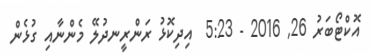
އޮކްޓޯބަރު 26